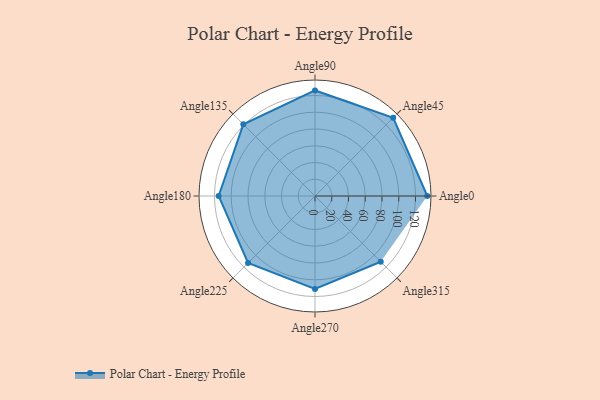
{"axis": {"x": "Angle", "y": "Radius"}, "legend": [""], "data": [{"x": "Angle0", "y": 134.0, "type": ""}, {"x": "Angle45", "y": 132.0, "type": ""}, {"x": "Angle90", "y": 126.0, "type": ""}, {"x": "Angle135", "y": 121.0, "type": ""}, {"x": "Angle180", "y": 115.0, "type": ""}, {"x": "Angle225", "y": 113.0, "type": ""}, {"x": "Angle270", "y": 111.0, "type": ""}, {"x": "Angle315", "y": 111.0, "type": ""}]}